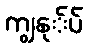
ကျွနု်ပ်